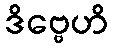
ဒိဗ္ဗေဟိ